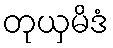
တုယှမိဒံ